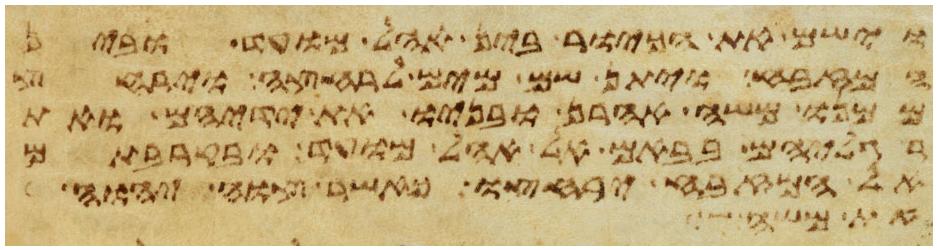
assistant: וישם את הכיור בין אהל מועד ובין
המזבח ויתן שם מים לרחצה וירחץ
ממנו משה אהרן ובניו את ידיהם ואת
רגליהם בבאם אל אהל מועד ובקרבתם
אל המזבח ירחצו כאשר צוה יהוה
את משה